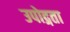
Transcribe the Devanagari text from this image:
उपोद्गता